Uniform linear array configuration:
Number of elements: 48
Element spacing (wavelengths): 0.75
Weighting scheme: cosine
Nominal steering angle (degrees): -45
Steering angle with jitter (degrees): -45.846
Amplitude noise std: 0.05
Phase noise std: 0.05

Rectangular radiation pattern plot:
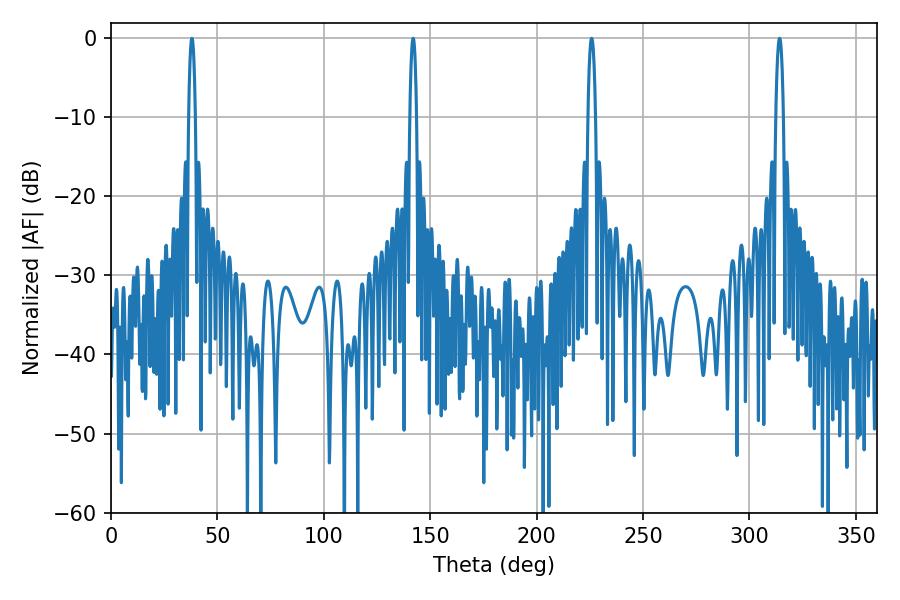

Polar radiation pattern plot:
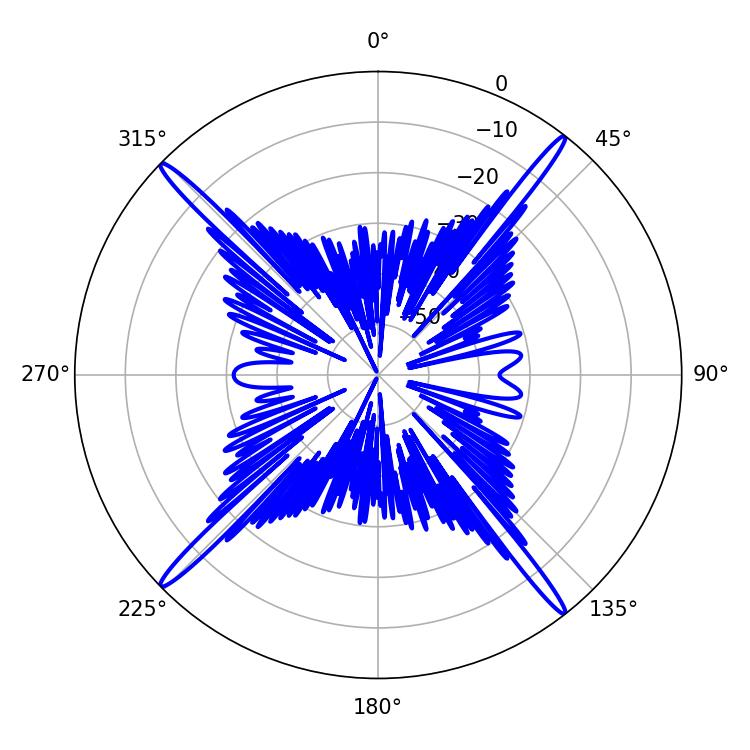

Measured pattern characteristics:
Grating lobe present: TRUE
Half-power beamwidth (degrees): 1.62
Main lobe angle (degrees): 37.98